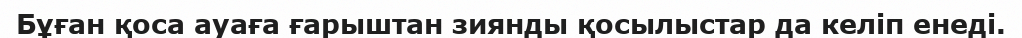
Бұған қоса ауаға ғарыштан зиянды қосылыстар да келіп енеді.